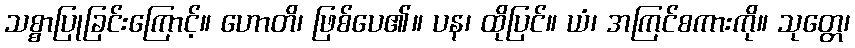
သစ္စာပြုခြင်းကြောင့်။ ဟောတိ၊ ဖြစ်ပေ၏။ ပန၊ ထိုပြင်။ ယံ၊ အကြင်စကားကို။ သုတ္တေ၊